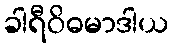
ခါရီဝိဓမာဒါယ